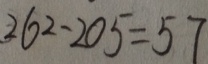
2 6 2 - 2 0 5 = 5 7